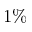
1 \%